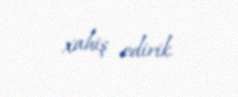
xahiş edirik.